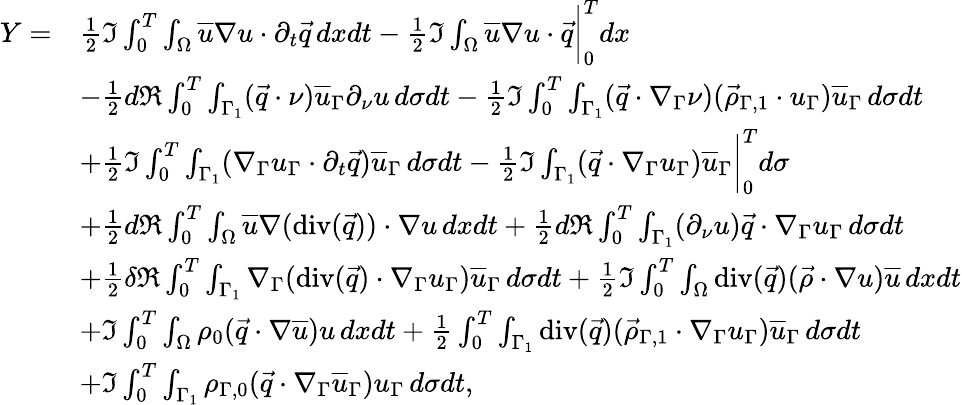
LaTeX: \begin{array}{rl}{Y=}&{\frac{1}{2}\Im\int_{0}^{T}\int_{\Omega}\overline{{u}}\nabla u\cdot\partial_{t}\vec{q}\, dxdt-\frac{1}{2}\Im\int_{\Omega}\overline{{u}}\nabla u\cdot\vec{q}\bigg|_{0}^{T}dx}\\ &{-\frac{1}{2}d\Re\int_{0}^{T}\int_{\Gamma_{1}}(\vec{q}\cdot\nu)\overline{{u}}_{\Gamma}\partial_{\nu}u\, d\sigma dt-\frac{1}{2}\Im\int_{0}^{T}\int_{\Gamma_{1}}(\vec{q}\cdot\nabla_{\Gamma}\nu)(\vec{\rho}_{\Gamma,1}\cdot u_{\Gamma})\overline{{u}}_{\Gamma}\, d\sigma dt}\\ &{+\frac{1}{2}\Im\int_{0}^{T}\int_{\Gamma_{1}}(\nabla_{\Gamma}u_{\Gamma}\cdot\partial_{t}\vec{q})\overline{{u}}_{\Gamma}\, d\sigma dt-\frac{1}{2}\Im\int_{\Gamma_{1}}(\vec{q}\cdot\nabla_{\Gamma}u_{\Gamma})\overline{{u}}_{\Gamma}\bigg|_{0}^{T}d\sigma}\\ &{+\frac{1}{2}d\Re\int_{0}^{T}\int_{\Omega}\overline{{u}}\nabla(\mathrm{div}(\vec{q}))\cdot\nabla u\, dxdt+\frac{1}{2}d\Re\int_{0}^{T}\int_{\Gamma_{1}}(\partial_{\nu}u)\vec{q}\cdot\nabla_{\Gamma}u_{\Gamma}\, d\sigma dt}\\ &{+\frac{1}{2}\delta\Re\int_{0}^{T}\int_{\Gamma_{1}}\nabla_{\Gamma}(\mathrm{div}(\vec{q})\cdot\nabla_{\Gamma}u_{\Gamma})\overline{{u}}_{\Gamma}\, d\sigma dt+\frac{1}{2}\Im\int_{0}^{T}\int_{\Omega}\mathrm{div}(\vec{q})(\vec{\rho}\cdot\nabla u)\overline{{u}}\, dxdt}\\ &{+\Im\int_{0}^{T}\int_{\Omega}\rho_{0}(\vec{q}\cdot\nabla\overline{{u}})u\, dxdt+\frac{1}{2}\int_{0}^{T}\int_{\Gamma_{1}}\mathrm{div}(\vec{q})(\vec{\rho}_{\Gamma,1}\cdot\nabla_{\Gamma}u_{\Gamma})\overline{{u}}_{\Gamma}\, d\sigma dt}\\ &{+\Im\int_{0}^{T}\int_{\Gamma_{1}}\rho_{\Gamma,0}(\vec{q}\cdot\nabla_{\Gamma}\overline{{u}}_{\Gamma})u_{\Gamma}\, d\sigma dt,}\end{array}